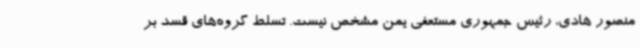
منصور هادی، رئیس جمهوری مستعفی یمن مشخص نیست. تسلط گروه‌های قسد بر